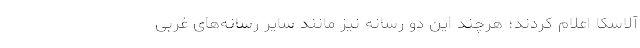
آلاسکا اعلام کردند؛ هرچند این دو رسانه نیز مانند سایر رسانه‌های غربی